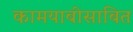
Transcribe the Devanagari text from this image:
कामयाबीसाबित